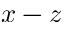
x - z